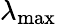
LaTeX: \lambda_{\operatorname*{max}}